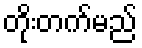
တိုးတက်မည်